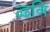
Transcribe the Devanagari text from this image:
द्वनि